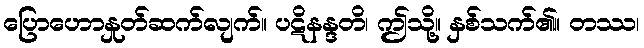
ပြောဟောနှုတ်ဆက်လျက်။ ပဋိနန္ဒတိ၊ ဤသို့။ နှစ်သက်၏။ တဿ၊